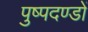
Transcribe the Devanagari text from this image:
पुष्पदण्डों